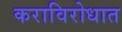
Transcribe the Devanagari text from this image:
कराविरोधात